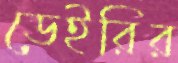
ডেইরির